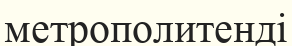
метрополитенді